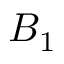
B _ { 1 }